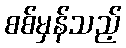
စစ်မှန်သည့်